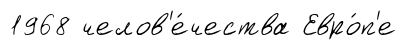
1968 челов'е́чества Евро́п'е